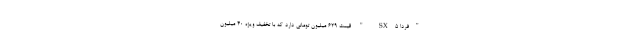
"فردا SX5 " قیمت 629 میلیون تومانی دارد که با تخفیف ویژه 40 میلیون